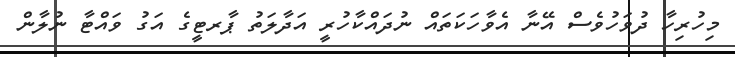
މިހުރިހާ ދުވަހުވެސް އޭނާ އެވާހަކަތައް ނުދައްކާހުރީ އަދާލަތު ޕާރޓީގެ އަގު ވައްޓާ ނުލާން